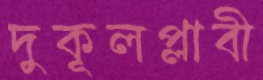
দুকূলপ্লাবী